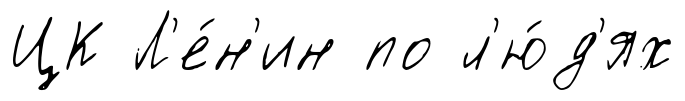
ЦК Л'е́н'ин по л'ю́д'ях